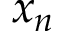
x _ { n }